Report on lock hospitals in British Burma
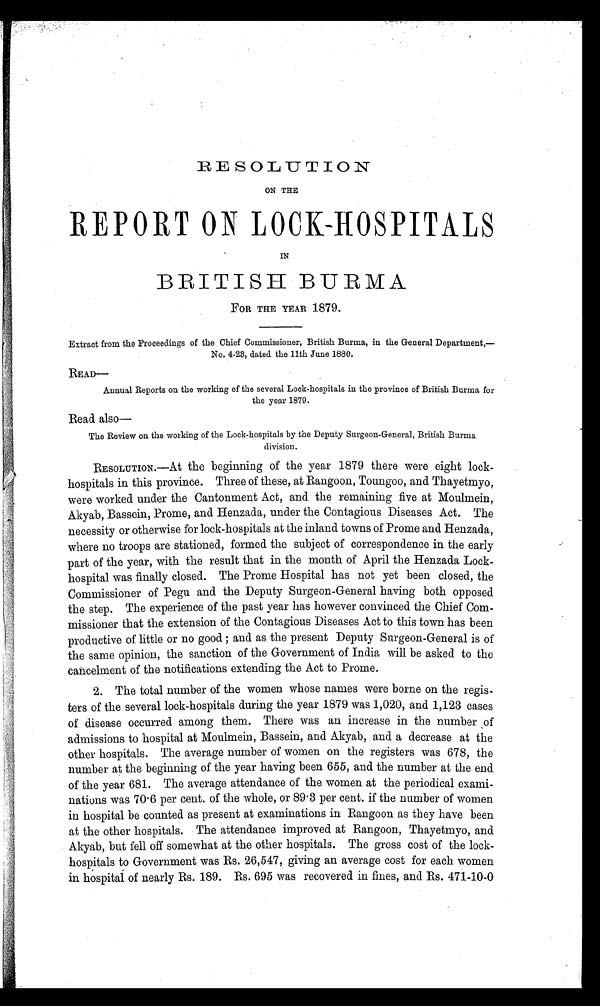
RESOLUTION
ON THE
REPORT ON LOCK-HOSPITALS
IN
BRITISH BURMA
FOR THE YEAR 1879.
Extract from the Proceedings of the Chief Commissioner, British Burma, in the General Department,—
No. 4-28, dated the 11th June 1880.
READ—
Annual Reports on the working of the several Lock-hospitals in the province of British Burma for
the year 1879.
Read also—
The Review on the working of the Lock-hospitals by the Deputy Surgeon-General, British Burma
division.
RESOLUTION.—At the beginning of the year 1879 there were eight lock-
hospitals in this province. Three of these, at Rangoon, Toungoo, and Thayetmyo,
were worked under the Cantonment Act, and the remaining five at Moulmein,
Akyab, Bassein, Prome, and Henzada, under the Contagious Diseases Act. The
necessity or otherwise for lock-hospitals at the inland towns of Prome and Henzada,
where no troops are stationed, formed the subject of correspondence in the early
part of the year, with the result that in the month of April the Henzada Lock-
hospital was finally closed. The Prome Hospital has not yet been closed, the
Commissioner of Pegu and the Deputy Surgeon-General having both opposed
the step. The experience of the past year has however convinced the Chief Com-
missioner that the extension of the Contagious Diseases Act to this town has been
productive of little or no good; and as the present Deputy Surgeon-General is of
the same opinion, the sanction of the Government of India will be asked to the
cancelment of the notifications extending the Act to Prone.
2. The total number of the women whose names were bo rne on the regis-
ters of the several lock-hospitals during the year 1879 was 1,020, and 1,123 cases
of disease occurred among them. There was an increase in the number of
admissions to hospital at Moulmein, Bassein, and Akyab, and a decrease at the
other hospitals. The average number of women on the registers was 678, the
number at the beginning of the year having been 655, and the number at the end
of the year 681. The average attendance of the women at the periodical exami-
nations was 70.6 per cent. of the whole, or 89.3 per cent. if the number of women
in hospital be counted as present at examinations in Rangoon as they have been
at the other hospitals. The attendance improved at Rangoon, Thayetmyo, and
Akyab, but fell off somewhat at the other hospitals. The gross cost of the lock-
hospitals to Government was Rs. 26,547, giving an average cost for each women
in hospital of nearly Rs. 189. Rs. 695 was recovered in fines, and Rs. 471-10-0